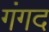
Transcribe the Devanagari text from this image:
गंगद